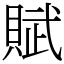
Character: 賦